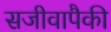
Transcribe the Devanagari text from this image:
सजीवापैकी